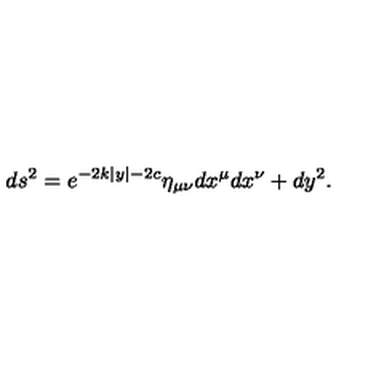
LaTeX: d s ^ { 2 } = e ^ { - 2 k | y | - 2 c } \eta _ { \mu \nu } d x ^ { \mu } d x ^ { \nu } + d y ^ { 2 } . \,